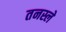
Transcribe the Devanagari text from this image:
तनस्ले